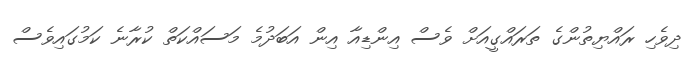
ދިވެހި ރައްޔިތުންގެ ތަރައްގީއަށް ވެސް އިންޑިއާ އިން އަބަދުމެ މަސައްކަތް ކުރާނެ ކަމުގައިވެސް